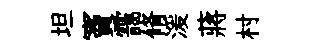
坦竇靄脩湲蔣村